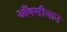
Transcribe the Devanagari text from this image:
आँक्सीजान